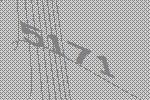
5171